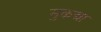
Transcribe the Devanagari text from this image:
मुकद्मा